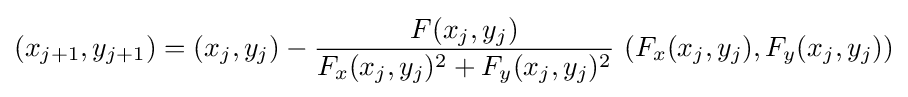
(x_{j+1},y_{j+1})=(x_{j},y_{j})-{\frac {F(x_{j},y_{j})}{F_{x}(x_{j},y_{j})^{2}+F_{y}(x_{j},y_{j})^{2}}}\,\left(F_{x}(x_{j},y_{j}),F_{y}(x_{j},y_{j})\right)